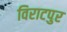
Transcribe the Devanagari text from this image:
विराटपुर